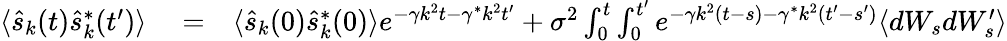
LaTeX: \begin{array}{rlr}{\langle\hat{s}_{k}(t)\hat{s}_{k}^{*}(t^{\prime})\rangle}&{{}=}&{\langle\hat{s}_{k}(0)\hat{s}_{k}^{*}(0)\rangle e^{-\gamma k^{2}t-\gamma^{*}k^{2}t^{\prime}}+\sigma^{2}\int_{0}^{t}\int_{0}^{t^{\prime}}e^{-\gamma k^{2}(t-s)-\gamma^{*}k^{2}(t^{\prime}-s^{\prime})}\langle dW_{s}dW_{s}^{\prime}\rangle}\end{array}